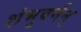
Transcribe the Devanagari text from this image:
शंभुवर्मन्